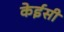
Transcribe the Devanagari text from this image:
केईसी